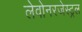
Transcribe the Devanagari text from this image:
लेवोनरजेस्ट्रल